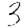
Digit: 3